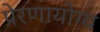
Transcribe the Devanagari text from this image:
प्रेरणायोग्य